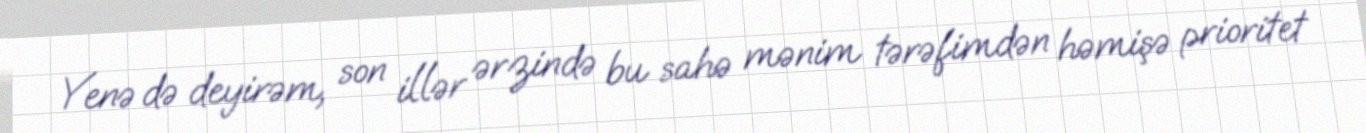
Yenə də deyirəm, son illər ərzində bu sahə mənim tərəfimdən həmişə prioritet